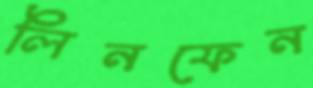
লিনফেন